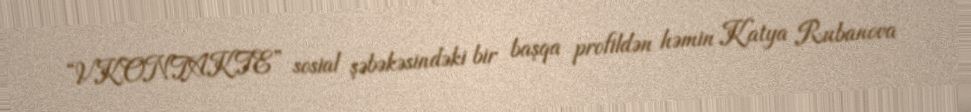
“VKONTAKTE” sosial şəbəkəsindəki bir başqa profildən həmin Katya Rubanova